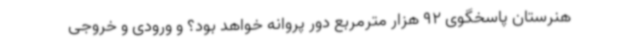
هنرستان پاسخگوی 92 هزار مترمربع دور پروانه خواهد بود؟ و ورودی و خروجی